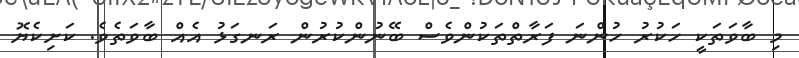
މި ބާވަތަކީ ހަކުރު ހުންނަ ފަރާތްތަކުންވެސް ބޭނުންކުރުން ރަނގަޅު އެއް ބާވަތެވެ. ކަށިކެޔޮ